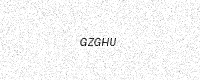
Text: GZGHU